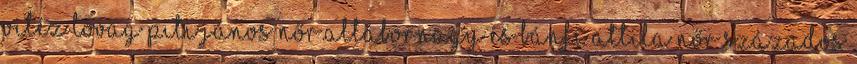
vitéz lovag Piti János nőr.altábornagy és Bánfi Attila nőr.százados